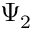
\Psi _ { 2 }